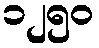
၁၂၅၀